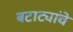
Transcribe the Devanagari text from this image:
बटाट्यांचे